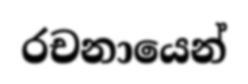
රචනායෙන්